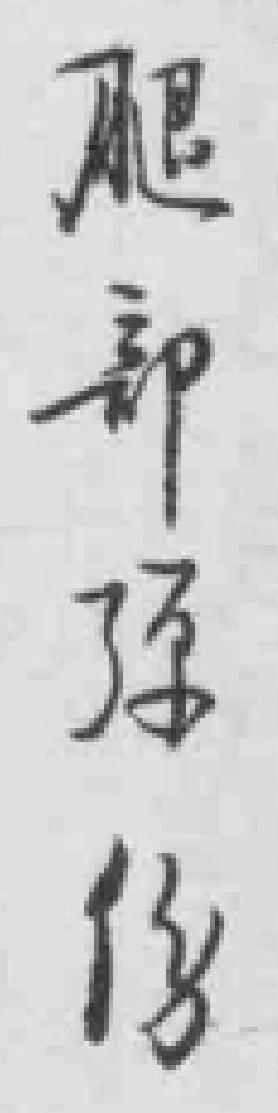
腿部弹伤